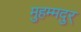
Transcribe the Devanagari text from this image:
मुहम्मदुर्